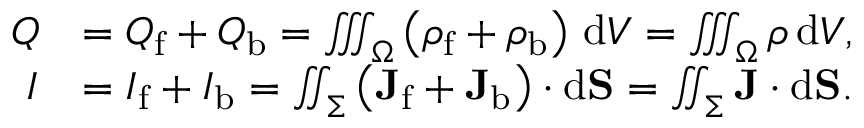
{ \begin{array} { r l } { Q } & { = Q _ { \mathrm { f } } + Q _ { \mathrm { b } } = \iiint _ { \Omega } \left( \rho _ { \mathrm { f } } + \rho _ { \mathrm { b } } \right) \, \mathrm { d } V = \iiint _ { \Omega } \rho \, \mathrm { d } V , } \\ { I } & { = I _ { \mathrm { f } } + I _ { \mathrm { b } } = \iint _ { \Sigma } \left( \mathbf { J } _ { \mathrm { f } } + \mathbf { J } _ { \mathrm { b } } \right) \cdot \mathrm { d } \mathbf { S } = \iint _ { \Sigma } \mathbf { J } \cdot \mathrm { d } \mathbf { S } . } \end{array} }